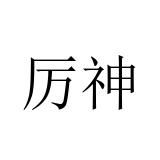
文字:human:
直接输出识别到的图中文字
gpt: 厉神